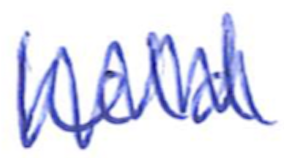
Text: held
Cross-out: mix
Writing tool: ballpoint